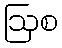
ဩစ